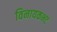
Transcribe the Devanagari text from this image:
विनायकभट